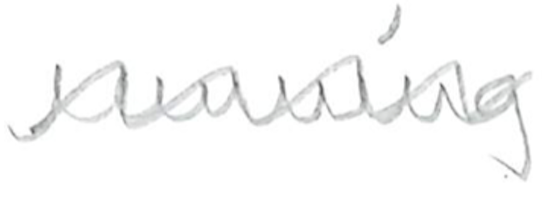
Text: running
Cross-out: wave
Writing tool: pencil